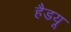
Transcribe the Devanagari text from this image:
हैडयू